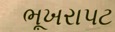
ભૂખરાપટ